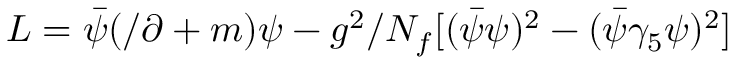
L = \bar { \psi } ( \slash \partial + m ) \psi - g ^ { 2 } / N _ { f } [ ( \bar { \psi } \psi ) ^ { 2 } - ( \bar { \psi } \gamma _ { 5 } \psi ) ^ { 2 } ]